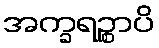
အက္ခရဉ္စာပိ